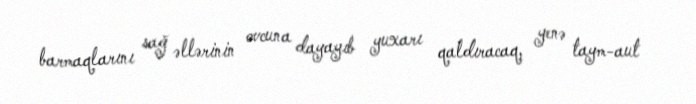
barmaqlarını sağ əllərinin ovcuna dayayıb yuxarı qaldıracaq, yenə taym-aut